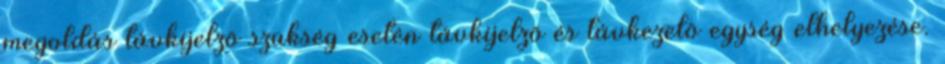
megoldás távkijelzõ szükség esetén távkijelzõ és távkezelõ egység elhelyezése.